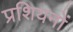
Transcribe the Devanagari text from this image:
प्रशियनों